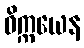
ဝိက္ကယေန